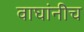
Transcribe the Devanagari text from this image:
वाघांनीच